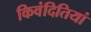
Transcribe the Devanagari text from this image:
किवंदितियां